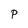
Character: p